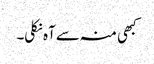
کبھی منہ سے آہ نکلی۔